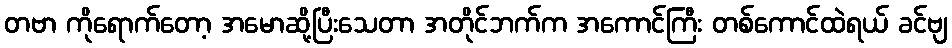
တဗာ ကိုရောက်တော့ အမောဆို့ပြီးသေတာ အတိုင်ဘက်က အကောင်ကြီး တစ်ကောင်ထဲရယ် ခင်ဗျ